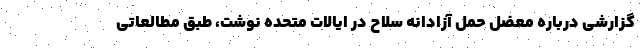
گزارشی درباره معضل حمل آزادانه سلاح در ایالات متحده نوشت، طبق مطالعاتی